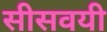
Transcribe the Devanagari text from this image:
सीसवयी